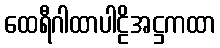
ထေရီဂါထာပါဠိအဋ္ဌကထာ